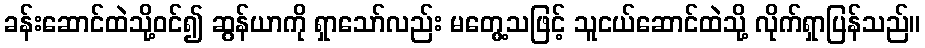
ခန်းဆောင်ထဲသို့ဝင်၍ ဆွန်ယာကို ရှာသော်လည်း မတွေ့သဖြင့် သူငယ်ဆောင်ထဲသို့ လိုက်ရှာပြန်သည်။